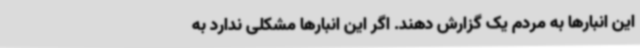
این انبارها به مردم یک گزارش دهند. اگر این انبارها مشکلی ندارد به